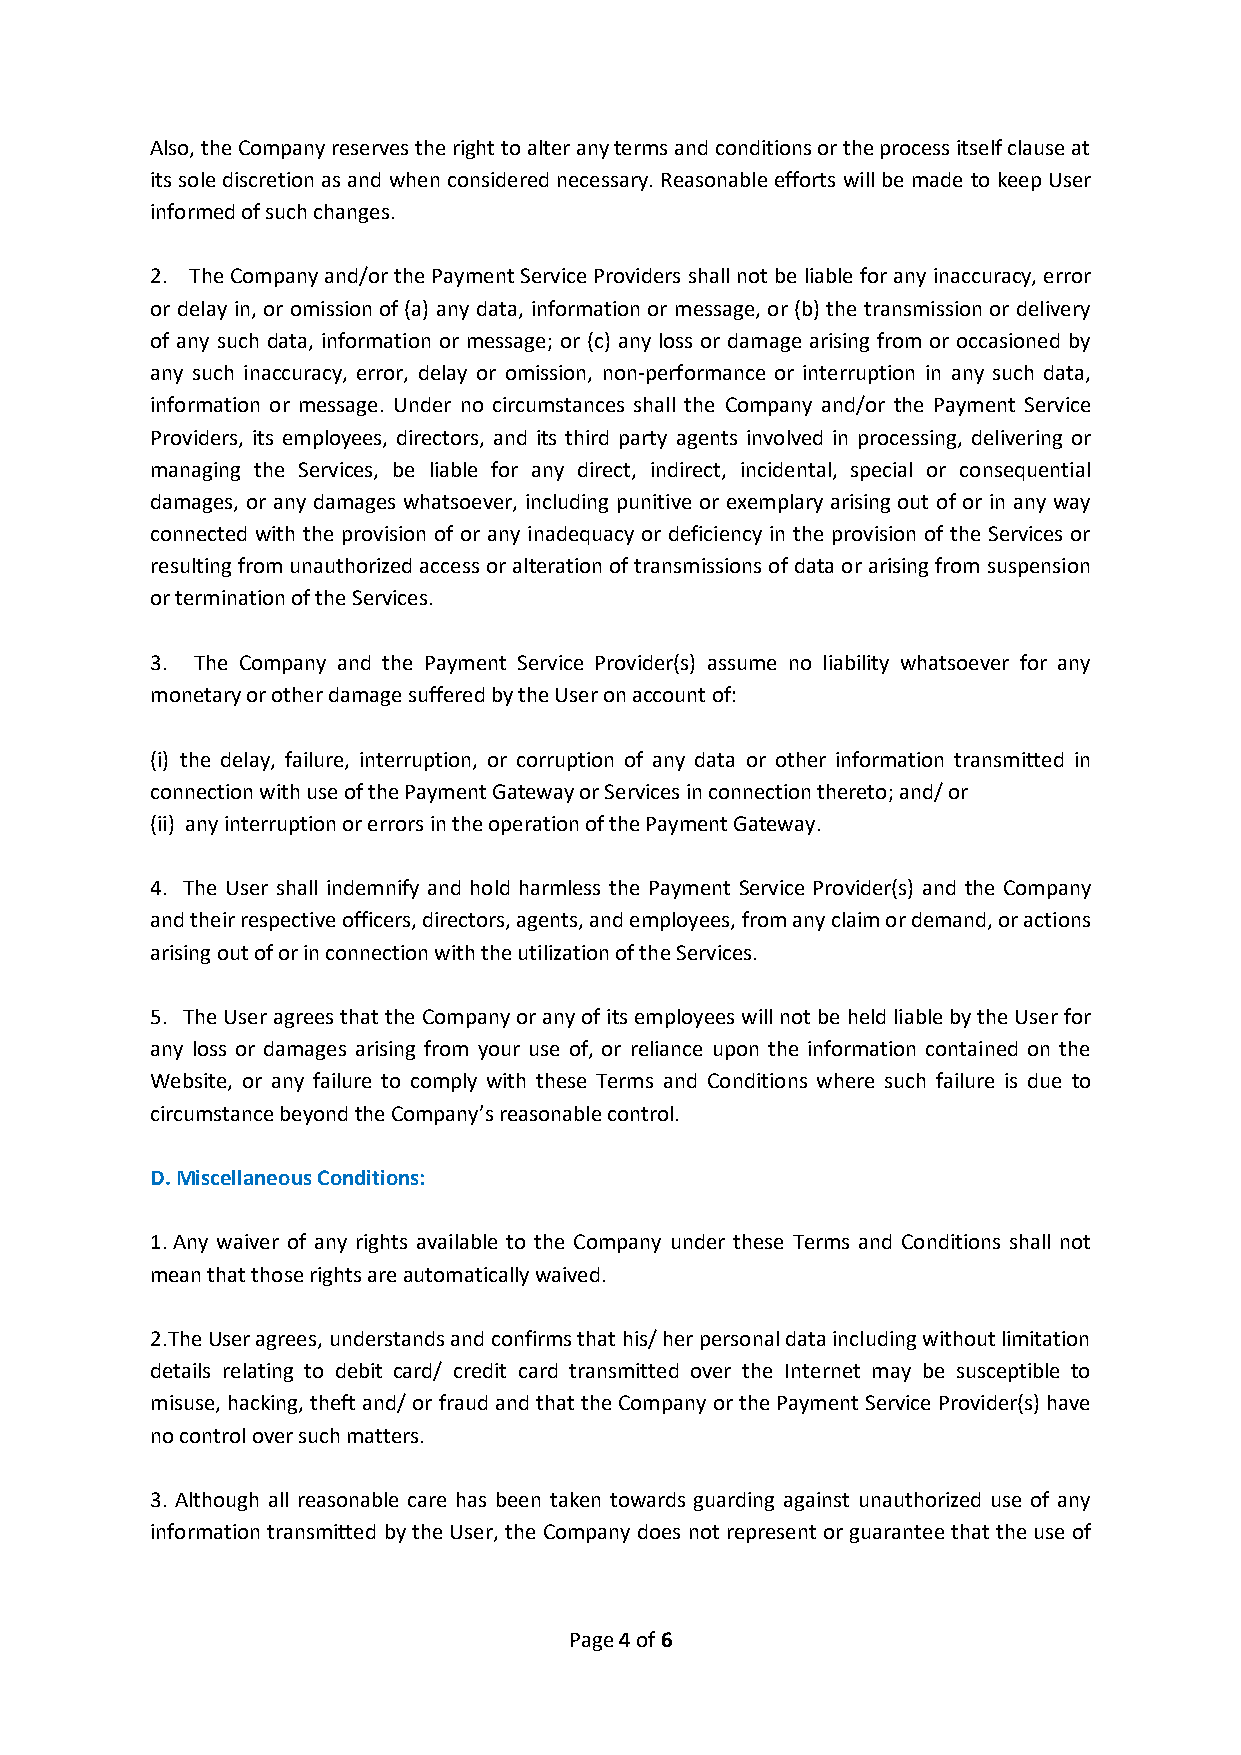
Also, the Company reserves the right to alter any terms and conditions or the process itself clause at
 its sole discretion as and when considered necessary. Reasonable efforts will be made to keep User
 informed of such changes.
 2. The Company and/or the Payment Service Providers shall not be liable for any inaccuracy, error
 or delay in, or omission of (a) any data, information or message, or (b) the transmission or delivery
 of any such data, information or message; or (c) any loss or damage arising from or occasioned by
 any such inaccuracy, error, delay or omission, non-performance or interruption in any such data,
 information or message. Under no circumstances shall the Company and/or the Payment Service
 Providers, its employees, directors, and its third party agents involved in processing, delivering or
 managing the Services, be liable for any direct, indirect, incidental, special or consequential
 damages, or any damages whatsoever, including punitive or exemplary arising out of or in any way
 connected with the provision of or any inadequacy or deficiency in the provision of the Services or
 resulting from unauthorized access or alteration of transmissions of data or arising from suspension
 or termination of the Services.
 3. The Company and the Payment Service Provider(s) assume no liability whatsoever for any
 monetary or other damage suffered by the User on account of:
 (i) the delay, failure, interruption, or corruption of any data or other information transmitted in
 connection with use of the Payment Gateway or Services in connection thereto; and/ or
 (ii) any interruption or errors in the operation of the Payment Gateway.
 4. The User shall indemnify and hold harmless the Payment Service Provider(s) and the Company
 and their respective officers, directors, agents, and employees, from any claim or demand, or actions
 arising out of or in connection with the utilization of the Services.
 5. The User agrees that the Company or any of its employees will not be held liable by the User for
 any loss or damages arising from your use of, or reliance upon the information contained on the
 Website, or any failure to comply with these Terms and Conditions where such failure is due to
 circumstance beyond the Company’s reasonable control.
 D. Miscellaneous Conditions:
 1. Any waiver of any rights available to the Company under these Terms and Conditions shall not
 mean that those rights are automatically waived.
 2.The User agrees, understands and confirms that his/ her personal data including without limitation
 details relating to debit card/ credit card transmitted over the Internet may be susceptible to
 misuse, hacking, theft and/ or fraud and that the Company or the Payment Service Provider(s) have
 no control over such matters.
 3. Although all reasonable care has been taken towards guarding against unauthorized use of any
 information transmitted by the User, the Company does not represent or guarantee that the use of
 Page 4 of 6